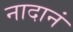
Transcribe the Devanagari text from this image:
नादानं